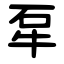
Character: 㸴